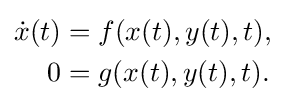
{\begin{aligned}{\dot {x}}(t)&=f(x(t),y(t),t),\\0&=g(x(t),y(t),t).\end{aligned}}